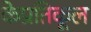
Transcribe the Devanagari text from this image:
केप्रतिकूल